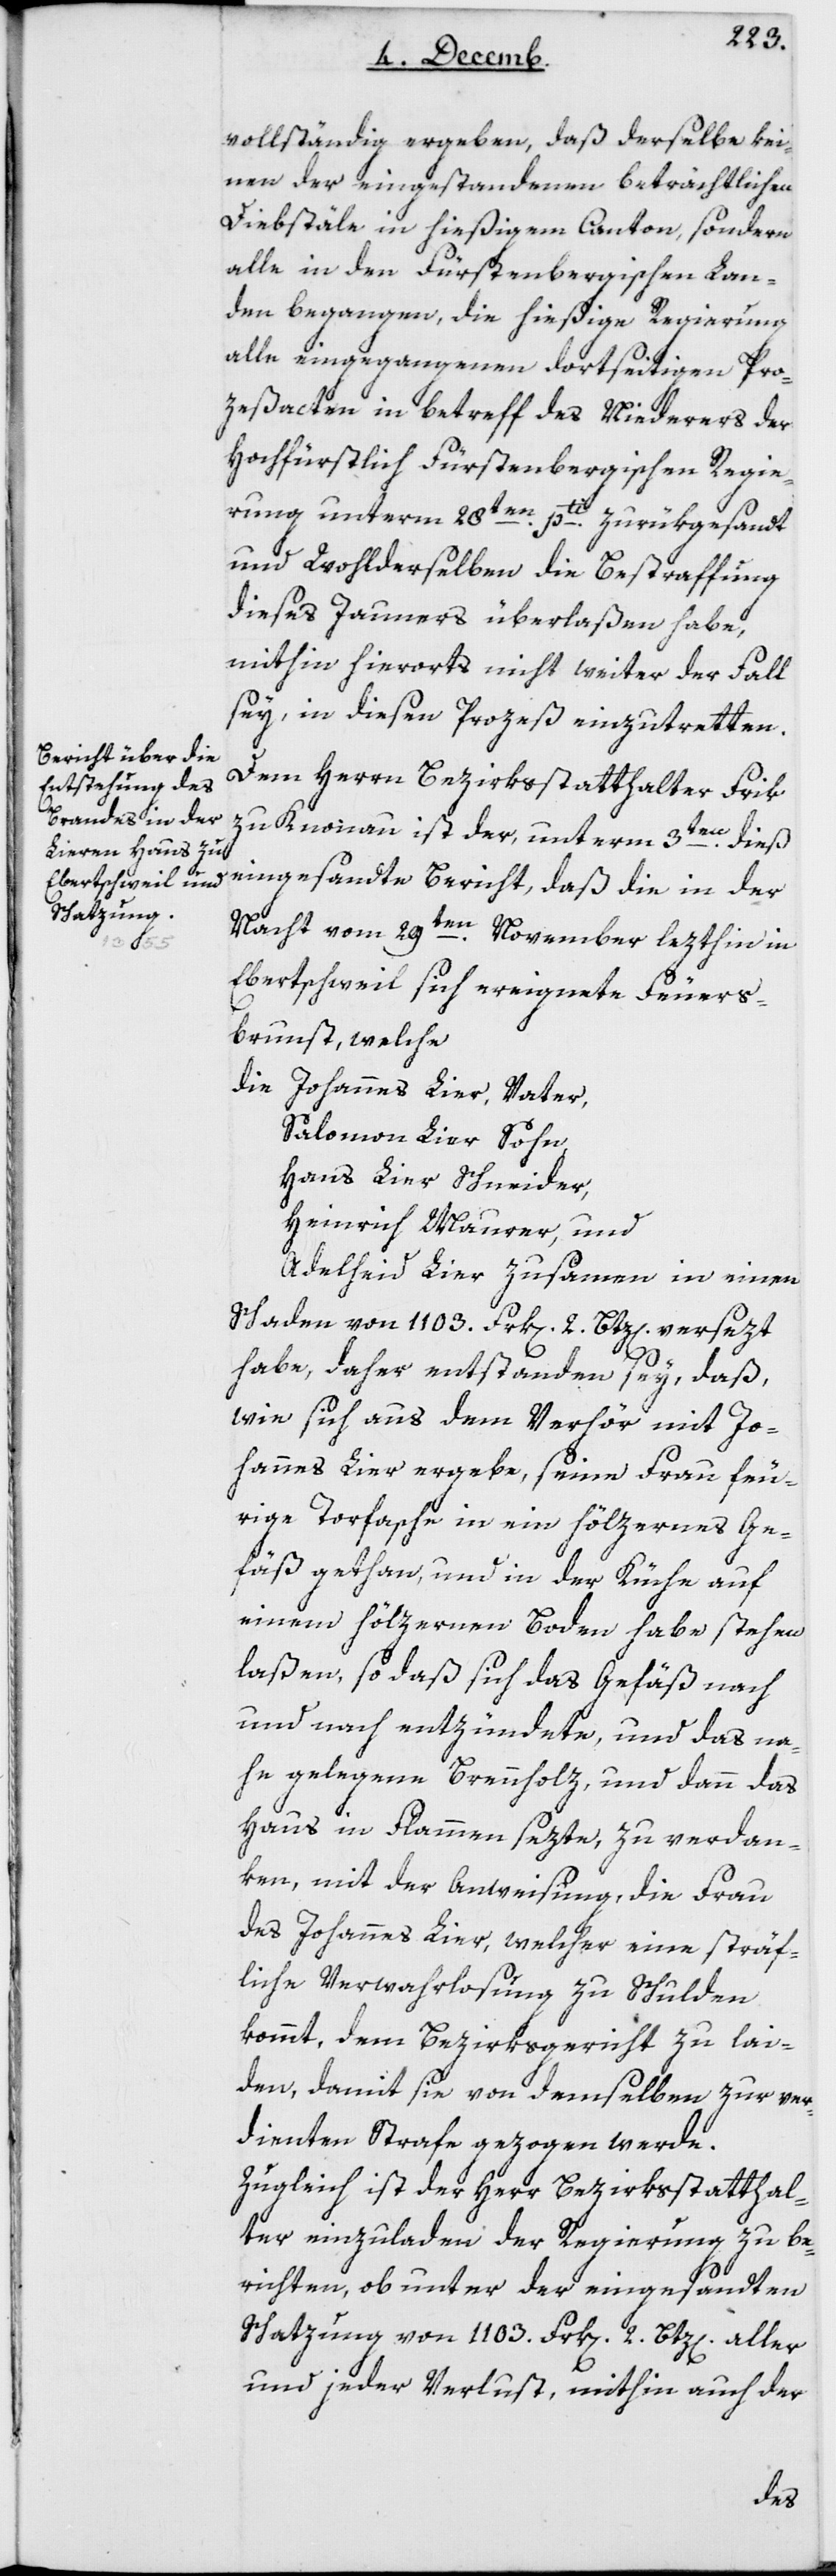
vollständig ergeben, daß derselbe kei¬
nen der eingestandenen beträchtlichen
Diebstähle in hießigem Canton, sondern
alle in den Fürstenbergischen Lan¬
den begangen, die hießige Regierung
alle eingegangenen dortseitigen Proc¬
eßacten in Betreff des Niederers der
Hochfürstlich Fürstenbergischen Regie¬
rung unterm 28ten pti zurükgesandt
und Wohlderselben die Bestraffung
dieses Jauners überlaßen habe,
mithin hierorts nicht weiter der Fall
sey, in diesen Proceß einzutretten.
Dem Herrn Bezirksstatthalter Frik
zu Knonau ist der, unterm 3ten dieß
eingesandte Bericht, daß die in der
Nacht vom 29ten November lezthin in
Ebertschweil sich ereignete Feuers¬
brunst, welche
die Johannes Lier, Vater;
Salomon Lier, Sohn;
Hans Lier, Schneider;
Heinrich Maurer; und
Adelheid Lier; zusammen in einem
Schaden von 1103 Frk[en] 2 Btz[en] versezt
habe, daher entstanden sey, daß
wie sich aus dem Verhör mit Jo¬
hannes Lier ergebe, seine Frau feu¬
rige Torfasche in ein hölzernes Ge¬
fäß gethan, und in der Küche auf
einem hölzernen Boden habe stehen
laßen, sodaß sich das Gefäß nach
und nach entzündete, und das na¬
he gelegene Brennholz und dann das
Haus in Flammen sezte, zu verdan¬
ken, mit der Anweisung, die Frau
des Johannes Lier, welcher eine sträf¬
liche Verwahrlosung zu Schulden
kommt, dem Bezirksgericht zu lai¬
den, damit sie von demselben zur ver¬
dienten Strafe gezogen werde.
Zugleich ist der Herr Bezirksstatthal¬
ter einzuladen, der Regierung zu be¬
richten, ob unter der eingesandten
Schatzung von 1103 Frk[en] 2 Btz[en] aller
und jeder Verlust, mithin auch der